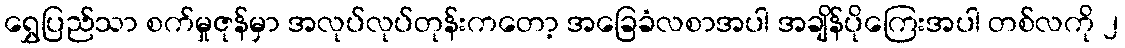
ရွှေပြည်သာ စက်မှုဇုန်မှာ အလုပ်လုပ်တုန်းကတော့ အခြေခံလစာအပါ အချိန်ပိုကြေးအပါ တစ်လကို ၂